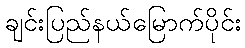
ချင်းပြည်နယ်မြောက်ပိုင်း